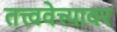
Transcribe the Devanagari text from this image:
तत्त्ववेत्त्यावर